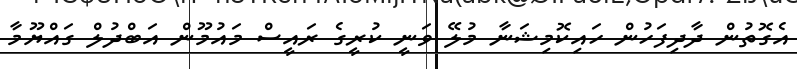
އެގޮތުން ދާދިފަހުން ހައިކޮމިޝަނާ މުލޭ ވަނީ ކުރީގެ ރައީސް މައުމޫން އަބްދުލް ގައްޔޫމާ